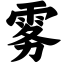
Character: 雾